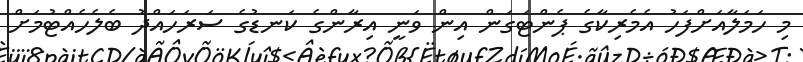
މި ހަމަލާއަށްފަހު އެމެރިކާގެ ޕެންޓަގަން އިން ވަނީ އިރާންގެ ކަނޑުގެ ސަރަހައްދު ބެލެހެއްޓުމަށް